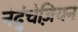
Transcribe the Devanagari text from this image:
नेदुंचेज़ियन